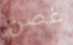
غصن